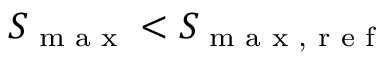
S _ { \textrm { m a x } } < S _ { \textrm { m a x , r e f } }